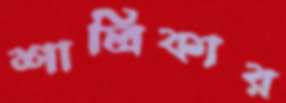
শালিকার